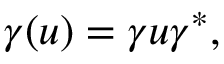
\gamma ( u ) = \gamma u \gamma ^ { * } ,